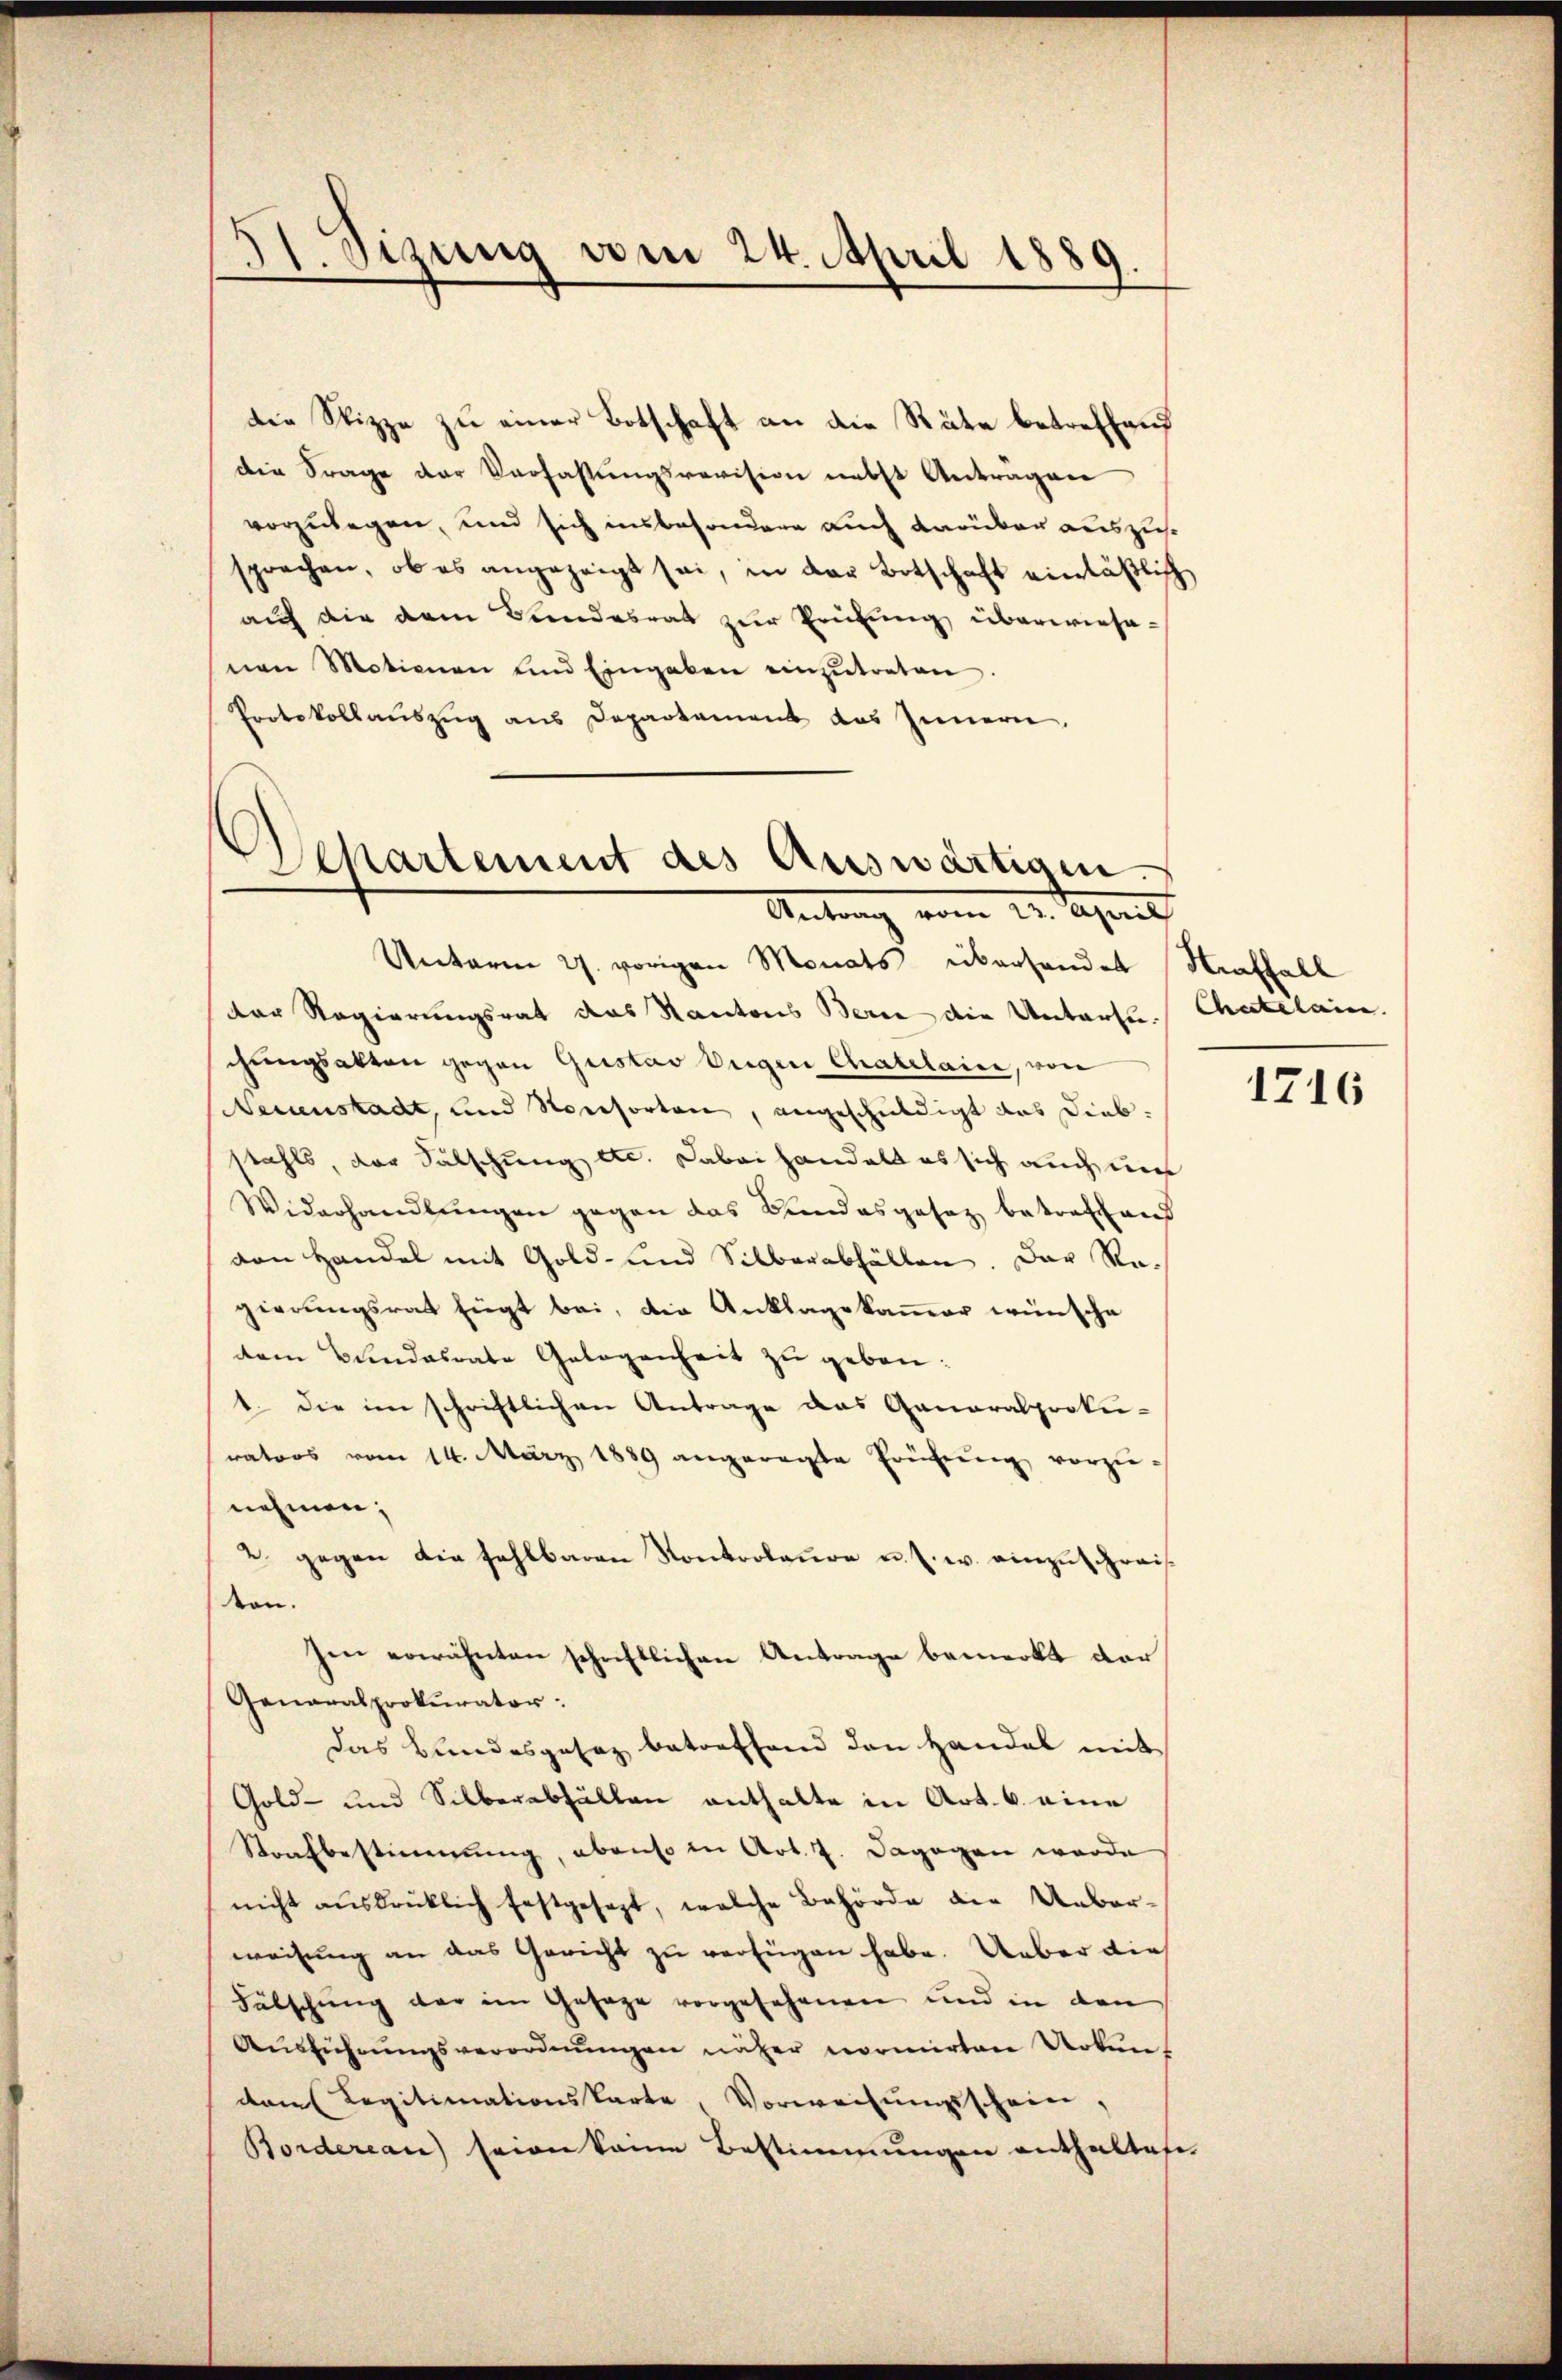
51. Sizung vom 24. April 1889.

die Stizze zu einer Botschaft an die Räte betreffend
die Frage der Verfassungsrevision nebst Anträgen
vorzulegen, und sich insbesondere auch darüber auszuse
sprachen, ob es angezeigt sei, in der Botschaft einläßlich
auf die dem Bundesrat zur Prüfung überwiesenen Motionen und Eingaben einzŭtreten.
Protokollauszug aus Departement des Innern,

Departement des Auswärtigen.
Antrag vom 24. April

Unterm 27. vorigen Monats überhander Straffall
der Regierungsrat das Kantons Bern die Untersuchungsakten gegen Gustav Weigen Chatelaire, von
Neuenstadt, und Konsorten, angeschuldigt das Diebstahls, der Falschung etc. Dabei handelt es sich auch un
Widerhandlŭngen gegen das Bundesgesez betrafans
von Handel mit Gold- und Silberabfällen. Der Re-
gierŭngsrat fügt bei, die Anklagekamer wünsche
dem Bundesrate Gelegenheit zŭ geben:
1. die im schriftlichen Antrage das Ganaralproku-
rators vom 14. März 1889 angeregte Erühŭng vorzŭ-
nehmen;
2 gegen die fehlbaren Kontrolause u. s. w. einzuschreiston.
Ien erwähnten schaftlichen Antrage bemerkt dar
Generalprokurator:
Das Bundesgesez betreffend den Handel mit
Gold- und Silberabhalten enthalte in Art. 6. eine
Strafbestimmung, ebenso in Art. 7. Dagegen werde
nicht aŭsdrücklich festgesezt, welche Behörde der Ueber-
weisung an das Gericht zu verfügen habe. Ueber die
Fälschung der im Gesage vorgesehenen und in den
Aŭsführŭngsverordnŭngen näher normirten Urkun-
dam Legitimationskarte, Vorweisungsschein,
Bordercan seien keine Bestimmungen enthaltest

Chatelaire.

“

1716